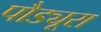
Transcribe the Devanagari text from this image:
पौड्यूरा